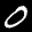
Label: 0